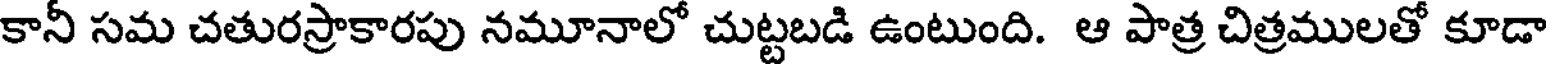
కానీ సమ చతురస్రాకారపు నమూనాలో చుట్టబడి ఉంటుంది. ఆ పాత్ర చిత్రములతో కూడా